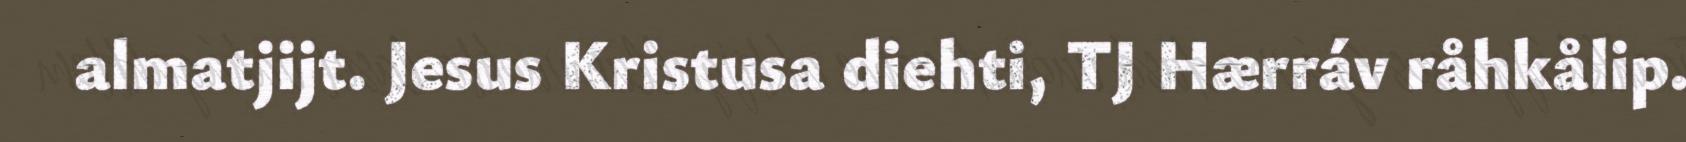
almatjijt. Jesus Kristusa diehti, TJ Hærráv råhkålip.